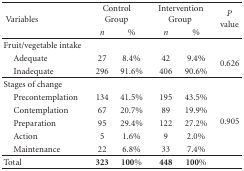
| <ROWSPAN=2> Variables | <COLSPAN=2> Control Group | <COLSPAN=2> Intervention Group | <ROWSPAN=2> P value |
 | n | % | n | % |
 | --- | --- | --- | --- | --- | --- |
 | Fruit/vegetable intake |  |  |  |  |  |
 | Adequate | 27 | 8.4% | 42 | 9.4% | <ROWSPAN=2> 0.626 |
 | Inadequate | 296 | 91.6% | 406 | 90.6% |
 | Stages of change |  |  |  |  |  |
 | Precontemplation | 134 | 41.5% | 195 | 43.5% | <ROWSPAN=5> 0.905 |
 | Contemplation | 67 | 20.7% | 89 | 19.9% |
 | Preparation | 95 | 29.4% | 122 | 27.2% |
 | Action | 5 | 1.6% | 9 | 2.0% |
 | Maintenance | 22 | 6.8% | 33 | 7.4% |
 | Total | 323 | 100% | 448 | 100% |  |